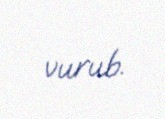
vurub.